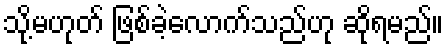
သို့မဟုတ် ဖြစ်ခဲ့လောက်သည်ဟု ဆိုရမည်။